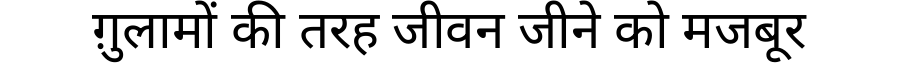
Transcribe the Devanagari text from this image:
ग़ुलामों की तरह जीवन जीने को मजबूर